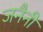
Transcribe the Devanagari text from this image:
जनैनी